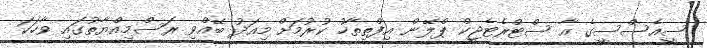
ސީއެސްސީގެ އާ ސްޓްރެޓެޖީކް ޕްލޭން އިފްތިތާހު ކުރުމަށް މިއަދު ބޭއްވި ރަސްމިއްޔާތުގައި ވާހަކަ